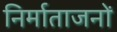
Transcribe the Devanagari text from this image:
निर्माताजनों